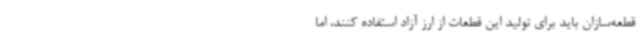
قطعه‌سازان باید برای تولید این قطعات از ارز آزاد استفاده کنند، اما